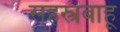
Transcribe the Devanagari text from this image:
सहस्त्रबाहू